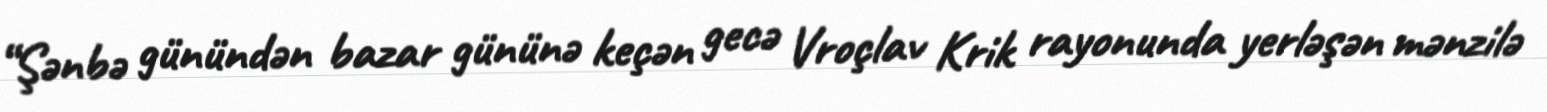
“Şənbə günündən bazar gününə keçən gecə Vroçlav Krik rayonunda yerləşən mənzilə